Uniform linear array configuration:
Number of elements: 48
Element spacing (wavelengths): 0.25
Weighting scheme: hamming
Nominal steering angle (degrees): -45
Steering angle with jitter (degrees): -45.712
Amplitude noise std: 0.05
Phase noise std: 0.05

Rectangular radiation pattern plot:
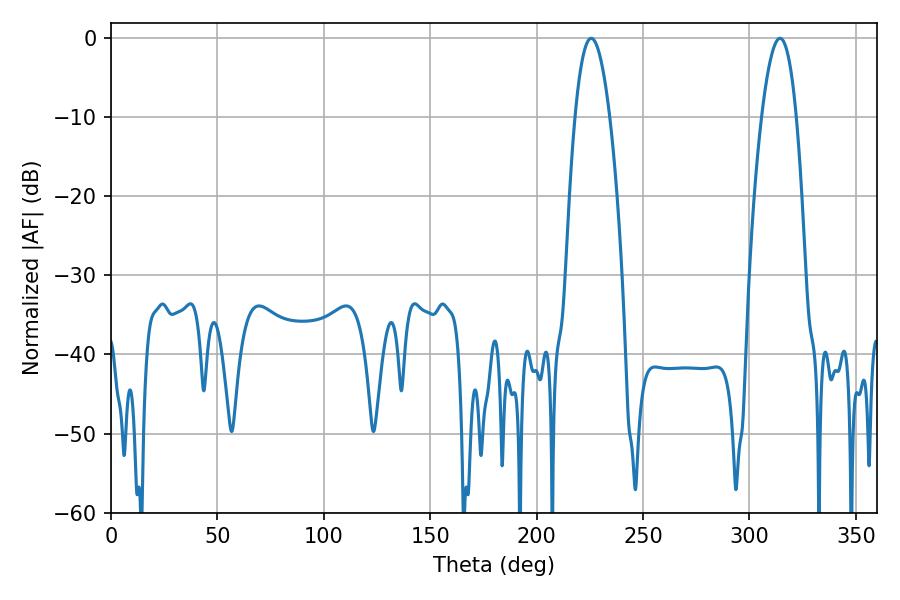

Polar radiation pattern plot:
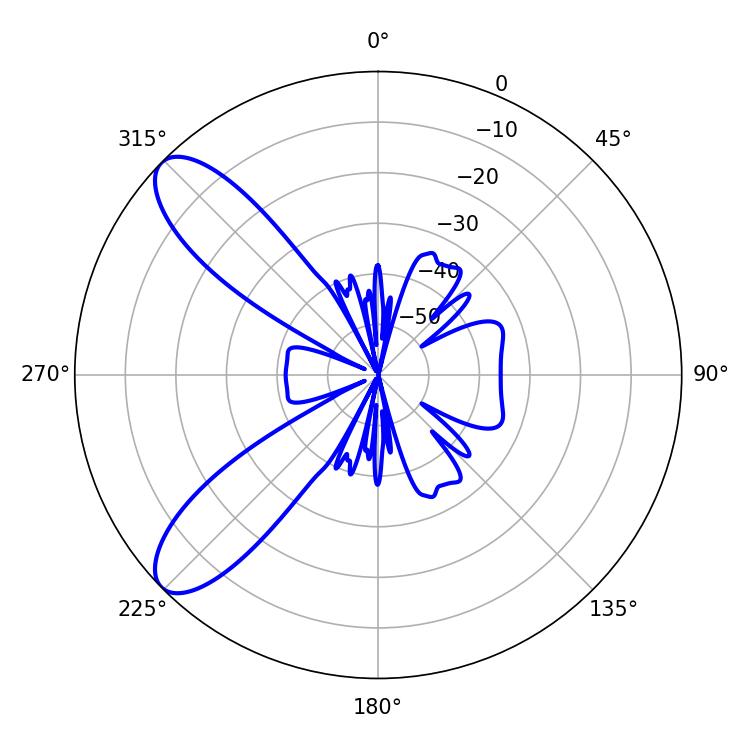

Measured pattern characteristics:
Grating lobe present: FALSE
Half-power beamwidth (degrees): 8.82
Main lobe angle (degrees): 225.72